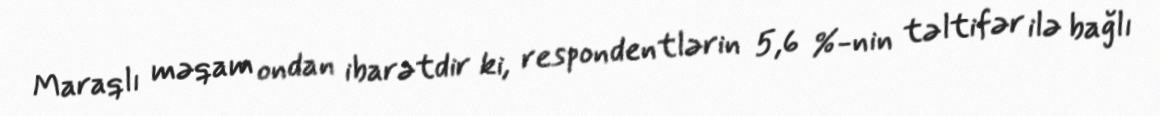
Maraqlı məqam ondan ibarətdir ki, respondentlərin 5,6 %-nin təltifər ilə bağlı